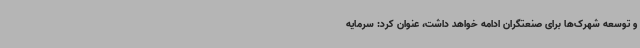
و توسعه شهرک‌ها برای صنعتگران ادامه خواهد داشت، عنوان کرد: سرمایه